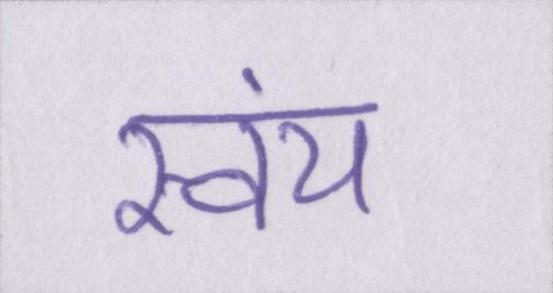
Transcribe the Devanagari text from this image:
स्वंय